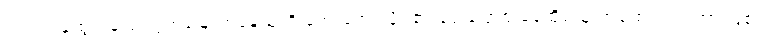
ကျူးလွန်ထွက်ပြေးလွှတ်မြောက်နေသူကို အေးအေးလှိုင်၏ ရွှေ့ပြောင်းနေထိုင်သူ အထောက်အထားဖြစ်